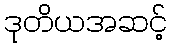
ဒုတိယအဆင့်